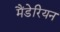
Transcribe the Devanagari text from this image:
मैंडेरियन